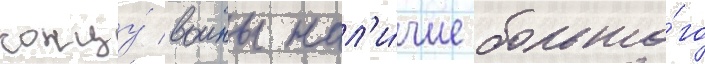
концу́ воины нал'и́чие большо́го